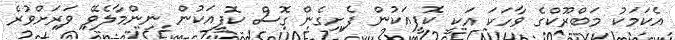
އެކަމަކު މަބްރޫކްގެ ވާހަކަ އަކީ ކޮފީއަކުން ފެށިގެން ގޮސް ކޮފީއަކުން ނިންމާލެވޭ ވަރަށްވުރެ